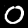
Label: 0